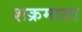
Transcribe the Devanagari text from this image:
शक्रमाता